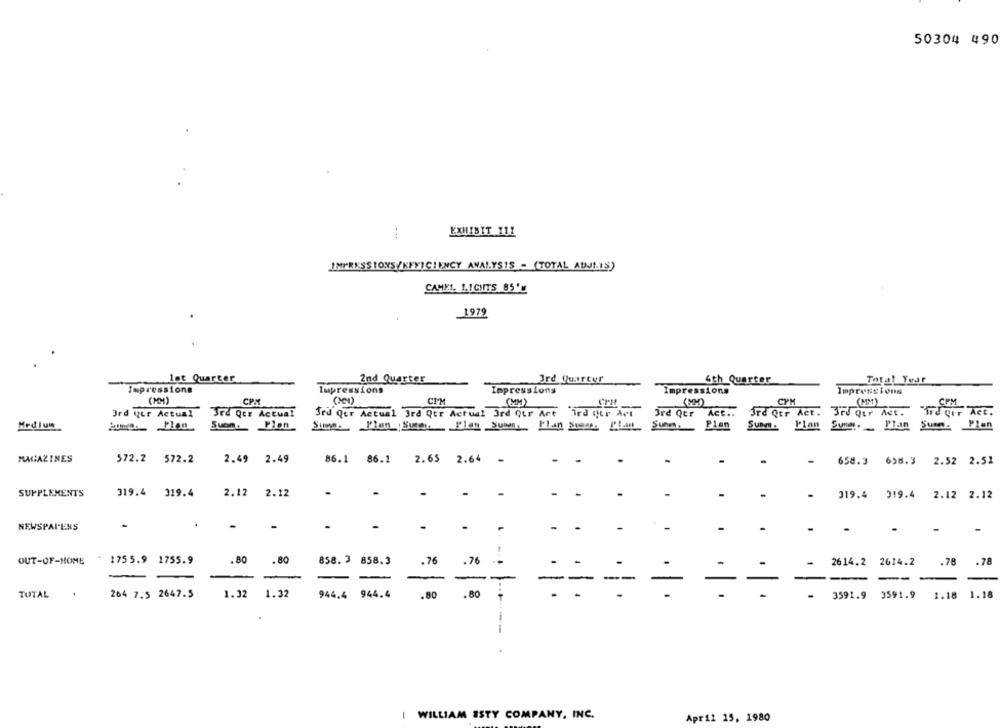
50304 490
EXHIBIT 111
--.
IMPRESSIONS/KFFICIENCY ANALYSIS - (TOTAL ABJIIS)
CAMEL. 1.1CHITS 85'
1979
1st Quarter
2nd Quarter
3rd Quarter
4th Quarter
Total Yedr
Impressions
Impressions
Impressions
Impressions
Impressions
(MM)
CPM
CI'M
CPM
(MM)
CPM
(MM)
3rd utr Actual
Jre Qur Actual
Jed Qer Actual 3rd Qtr Actual Ord Qtr Art Ord QEr Art
3rd Qur Act ..
3rd Qer Act. 3rd Qur Act. ird grr Act.
Medium
200 ._ Plan
Suom.Plon
Summ Plan Summ Flan Sum. Plan Buone. Plan Summ. Plan Suave.
P'lan Sung. _ Plan Susm. Plan
MAGAZINES
$72.2 572.2
2.49 2.49
86.1 86.1
2.65 2.64 -
-
658.3 698.3 2.52 2.51
SUPPLEMENTS
319.4 319.4
2.12
2.12
.
-
-
-
.
319.4 319.4 2.12 2.12
-
NEWSPAPERS
-
- -
-
.
-
- 175 5.9 1755.9
.80
.80
858. 3
858.3
.76
.76
.78
.78
OUT-OF-HOME
2614.2 2614.2
--
--
-
-
TOTAL .
264 7.5 2647.5
1.32
1.32
944.4
944.4
.80
3591.9
3591.9
1.18
1.18
I WILLIAM ISTY COMPANY, INC.
Apr 12 15, 1980